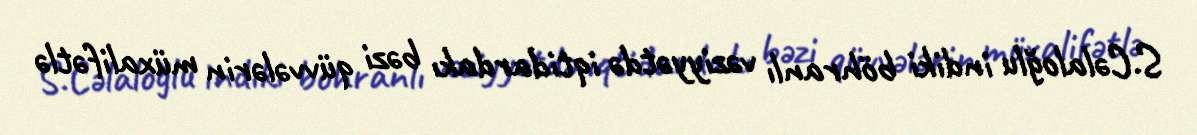
S.Cəlaloğlu indiki böhranlı vəziyyətdə iqtidardakı bəzi qüvvələrin müxalifətlə